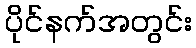
ပိုင်နက်အတွင်း